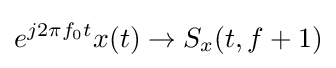
e^{j2\pi f_{0}t}x(t)\rightarrow S_{x}(t,f+1)